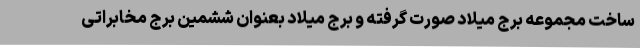
ساخت مجموعه برج میلاد صورت گرفته و برج میلاد بعنوان ششمین برج مخابراتی